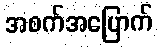
အစက်အပြောက်